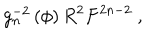
g _ { n } ^ { - 2 } \left( \phi \right) R ^ { 2 } F ^ { 2 n - 2 } \ ,